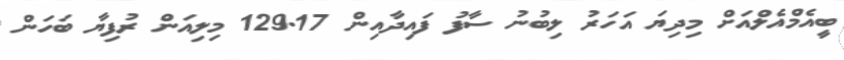
ބީއެމްއެލްއަށް މިދިޔަ އަހަރު ލިބުނު ސާފު ފައިދާއިން 129.17 މިލިއަން ރުފިޔާ ބަހަން